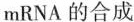
mRNA的合成